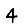
Digit: 4